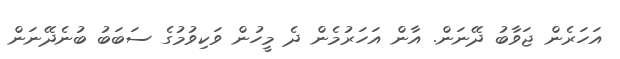
އަހަރެން ޖަވާބު ދޭނަން. އާން އަހަރުމެން ދެ މީހުން ވަކިވުމުގެ ސަބަބު ބުނެދޭނަން